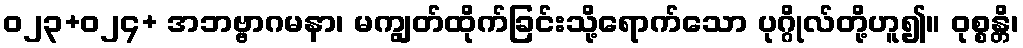
ဝ၂၃+၀၂၄+ အဘဗ္ဗာဂမနာ၊ မကျွတ်ထိုက်ခြင်းသို့ရောက်သော ပုဂ္ဂိုလ်တို့ဟူ၍။ ဝုစ္စန္တိ၊